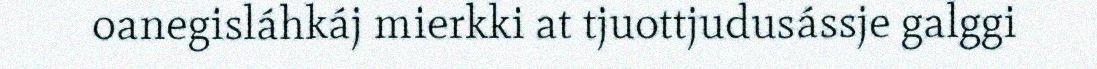
oanegisláhkáj mierkki at tjuottjudusássje galggi